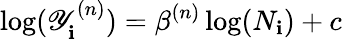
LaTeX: \log(\mathscr{Y}_{\mathbf{i}}^{(n)})=\beta^{(n)}\log(N_{\mathbf{i}})+c